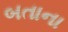
બતાના